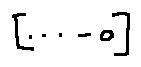
[ \cdots - o ]